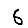
Digit: 6